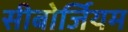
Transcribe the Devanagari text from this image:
सीबोर्जियम